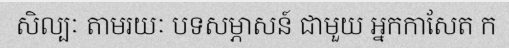
សិល្បៈ តាមរយៈ បទសម្ភាសន៍ ជាមួយ អ្នកកាសែត ក